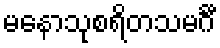
မနောသုစရိတသမင်္ဂီ